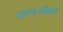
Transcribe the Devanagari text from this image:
अन्तःगोला